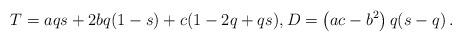
LaTeX: \begin{align*} T = a qs + 2 b q(1-s) + c (1-2q+qs), D = \left(ac -b^2 \right)q(s-q) \, . \end{align*}